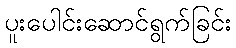
ပူးပေါင်းဆောင်ရွက်ခြင်း